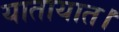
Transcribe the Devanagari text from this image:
यातायात।